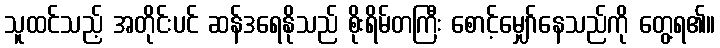
သူထင်သည့် အတိုင်းပင် ဆန်ဒရေနိုသည် စိုးရိမ်တကြီး စောင့်မျှော်နေသည်ကို တွေ့ရ၏။